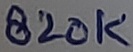
Text: 820K